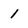
Character: 1